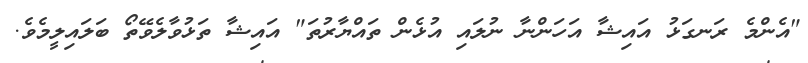
"އެންމެ ރަނގަޅު އައިޝާ އަހަންނާ ނުލައި އުޅެން ތައްޔާރުތަ" އައިޝާ ތަޅުވާލެވޭތޯ ބަލައިލީމެވެ.